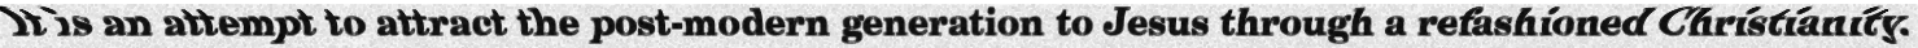
It is an attempt to attract the post-modern generation to Jesus through a refashioned Christianity.